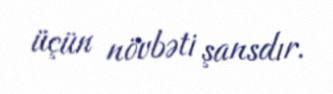
üçün növbəti şansdır.